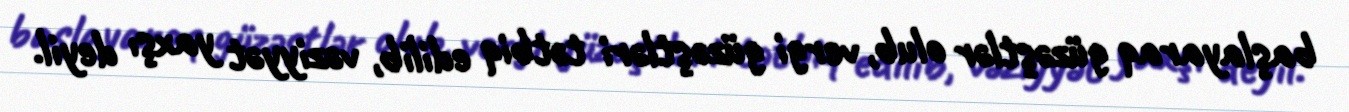
başlayaraq güzəştlər olub, vergi güzəştləri tətbiq edilib, vəziyyət yaxşı deyil.